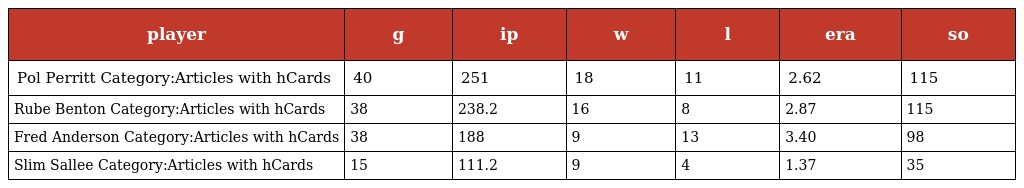
| player | g | ip | w | l | era | so |
 | --- | --- | --- | --- | --- | --- | --- |
 | Pol Perritt Category:Articles with hCards | 40 | 251 | 18 | 11 | 2.62 | 115 |
 | Rube Benton Category:Articles with hCards | 38 | 238.2 | 16 | 8 | 2.87 | 115 |
 | Fred Anderson Category:Articles with hCards | 38 | 188 | 9 | 13 | 3.40 | 98 |
 | Slim Sallee Category:Articles with hCards | 15 | 111.2 | 9 | 4 | 1.37 | 35 |